342_HS1-416511228_319.1 Flying Discs 1949
Agency: Department of War
Incident date: 1/9/50
Page 91
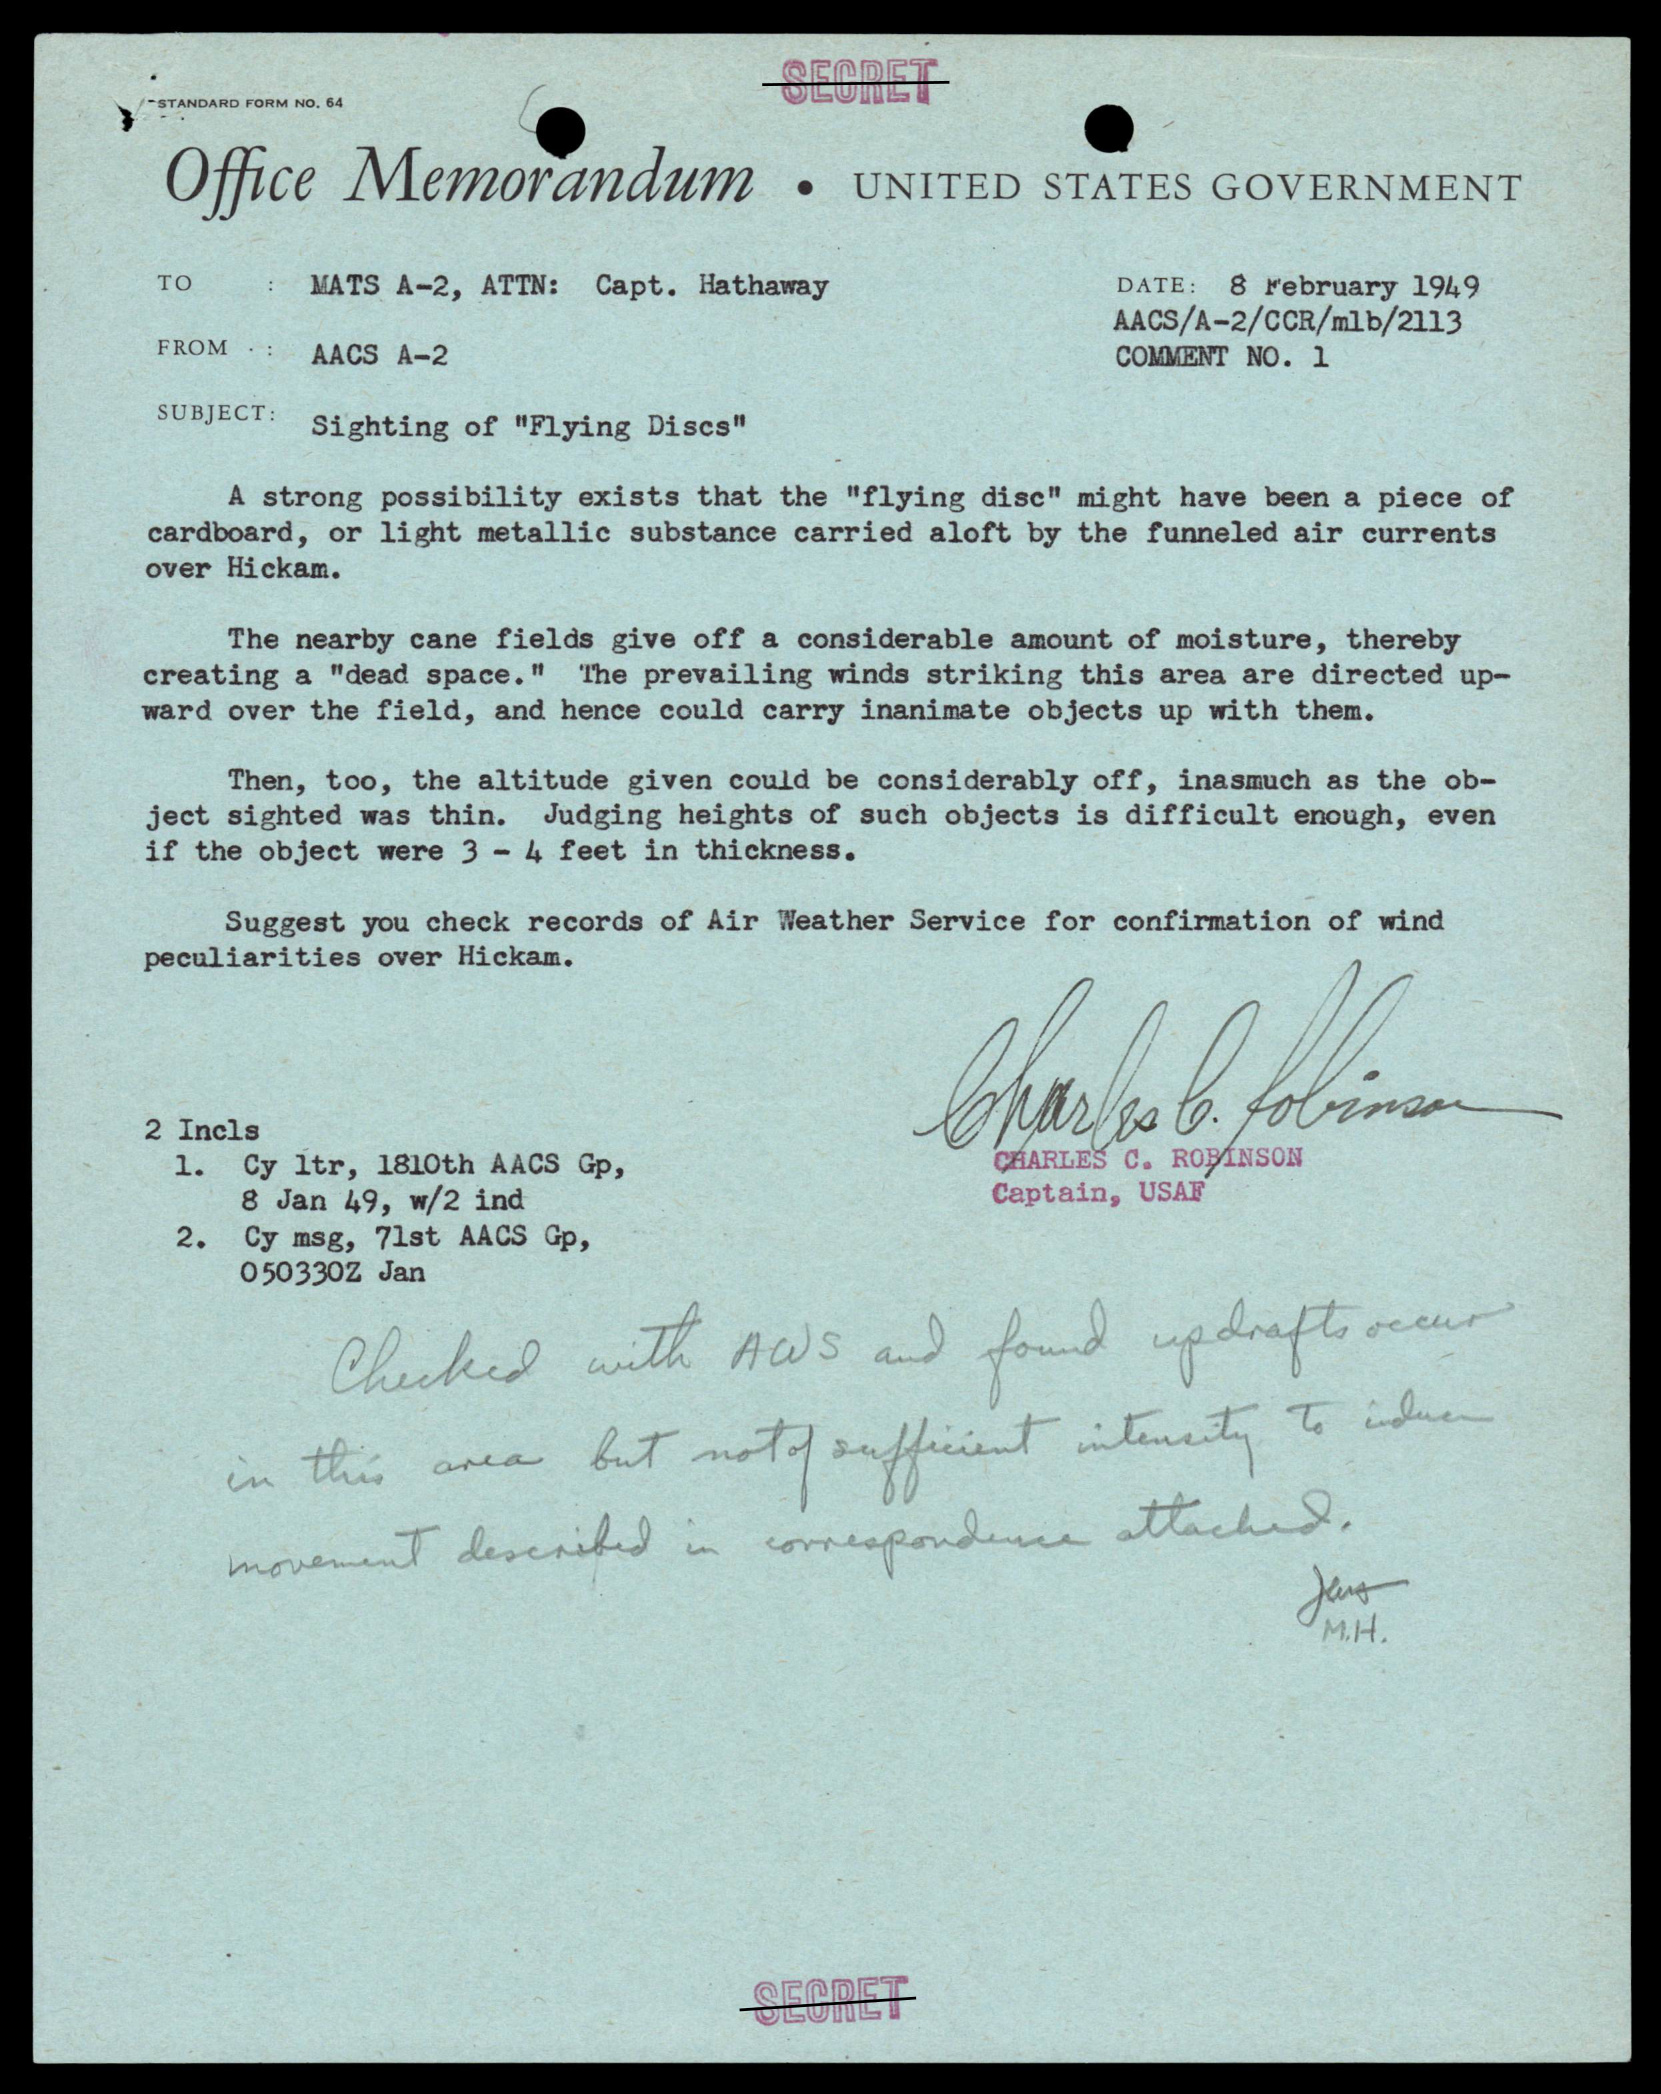